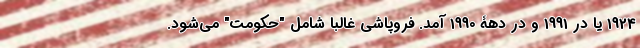
1924 یا در 1991 و در دهۀ 1990 آمد. فروپاشی غالباً شامل "حکومت" می‌شود.